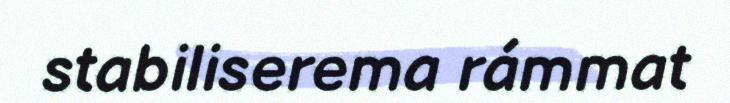
stabiliserema rámmat